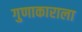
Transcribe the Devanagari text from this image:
गुणाकाराला